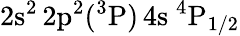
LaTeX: \mathrm{2s^{2}\, 2p^{2}(^{3}P)\, 4s~^{4}P_{1/2}}